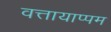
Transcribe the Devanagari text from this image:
वत्तायाप्पम